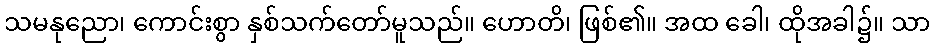
သမနုညော၊ ကောင်းစွာ နှစ်သက်တော်မူသည်။ ဟောတိ၊ ဖြစ်၏။ အထ ခေါ၊ ထိုအခါ၌။ သာ